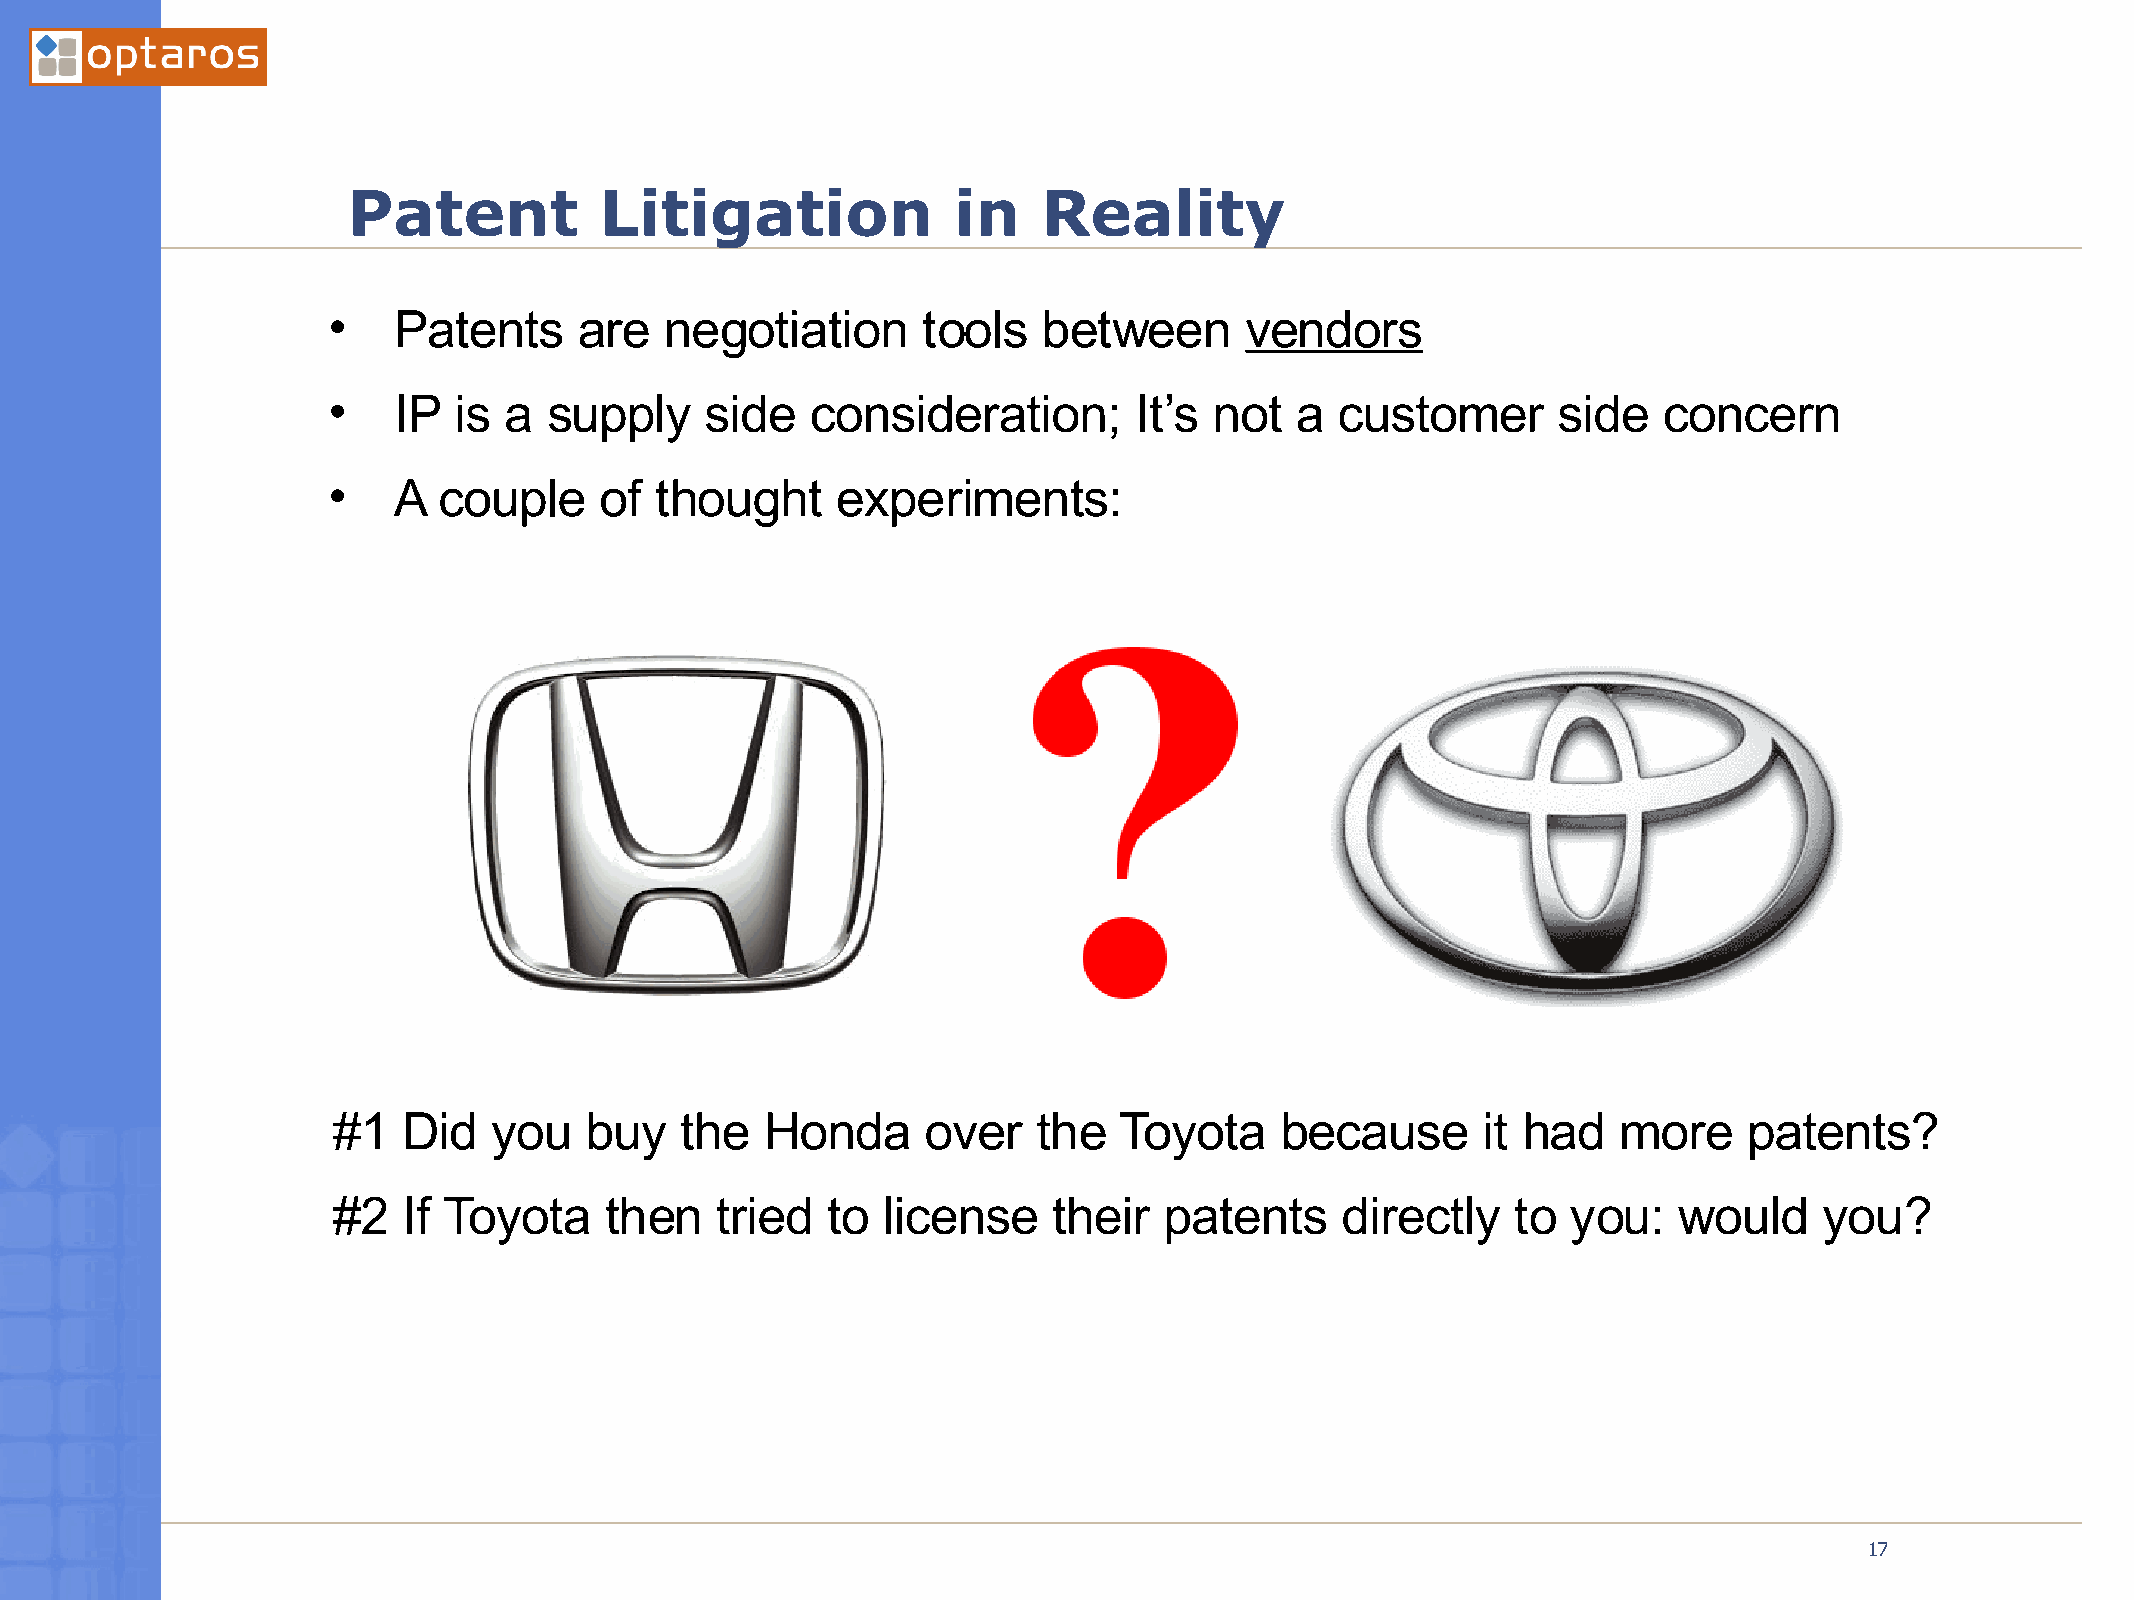
Patent           Litigation             in    Reality
 •   Patents     are   negotiation      tools   between      vendors
 •   IP  is a  supply     side   consideration;       It’s not   a  customer      side   concern
 •   A  couple     of thought     experiments:
 #1   Did  you    buy   the   Honda     over    the  Toyota     because      it had   more     patents?
 #2   If Toyota    then   tried   to license     their  patents     directly   to  you:   would     you?
 03/21/2005
 17